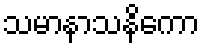
သမာနာသနိကော